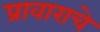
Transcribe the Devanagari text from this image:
प्रावाराचे